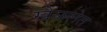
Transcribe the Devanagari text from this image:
खेळलेत